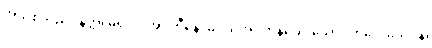
အသစ်သည်။ နတ္ထိ၊ မရှိပါ။ အပ္ပဟီနေ၊ မပယ်အပ်ကုန်သေးသော။ ကိလေသေပန၊